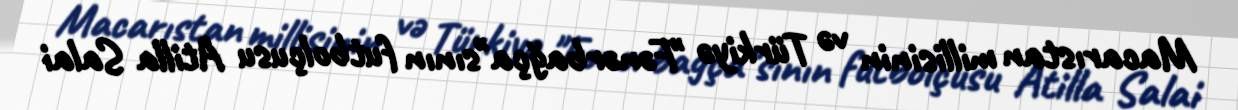
Macarıstan millisinin və Türkiyə "Fənərbağça"sının futbolçusu Atilla Salai